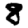
Digit: 8